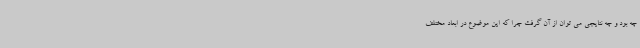
چه بود و چه نتایجی می توان از آن گرفت چرا که این موضوع در ابعاد مختلف